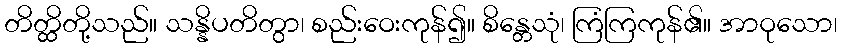
တိတ္ထိတို့သည်။ သန္နိပတိတွာ၊ စည်းဝေးကုန်၍။ စိန္တေသုံ၊ ကြံကြကုန်၏။ အာဝုသော၊